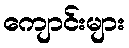
ကျောင်းများ